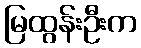
မြထွန်းဦးက